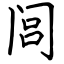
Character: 闾